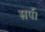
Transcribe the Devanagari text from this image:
सर्प।